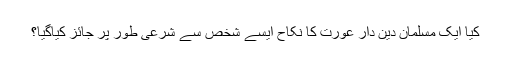
کیا ایک مسلمان دین دار عورت کا نکاح ایسے شخص سے شرعی طور پر جائز کیاگیا؟